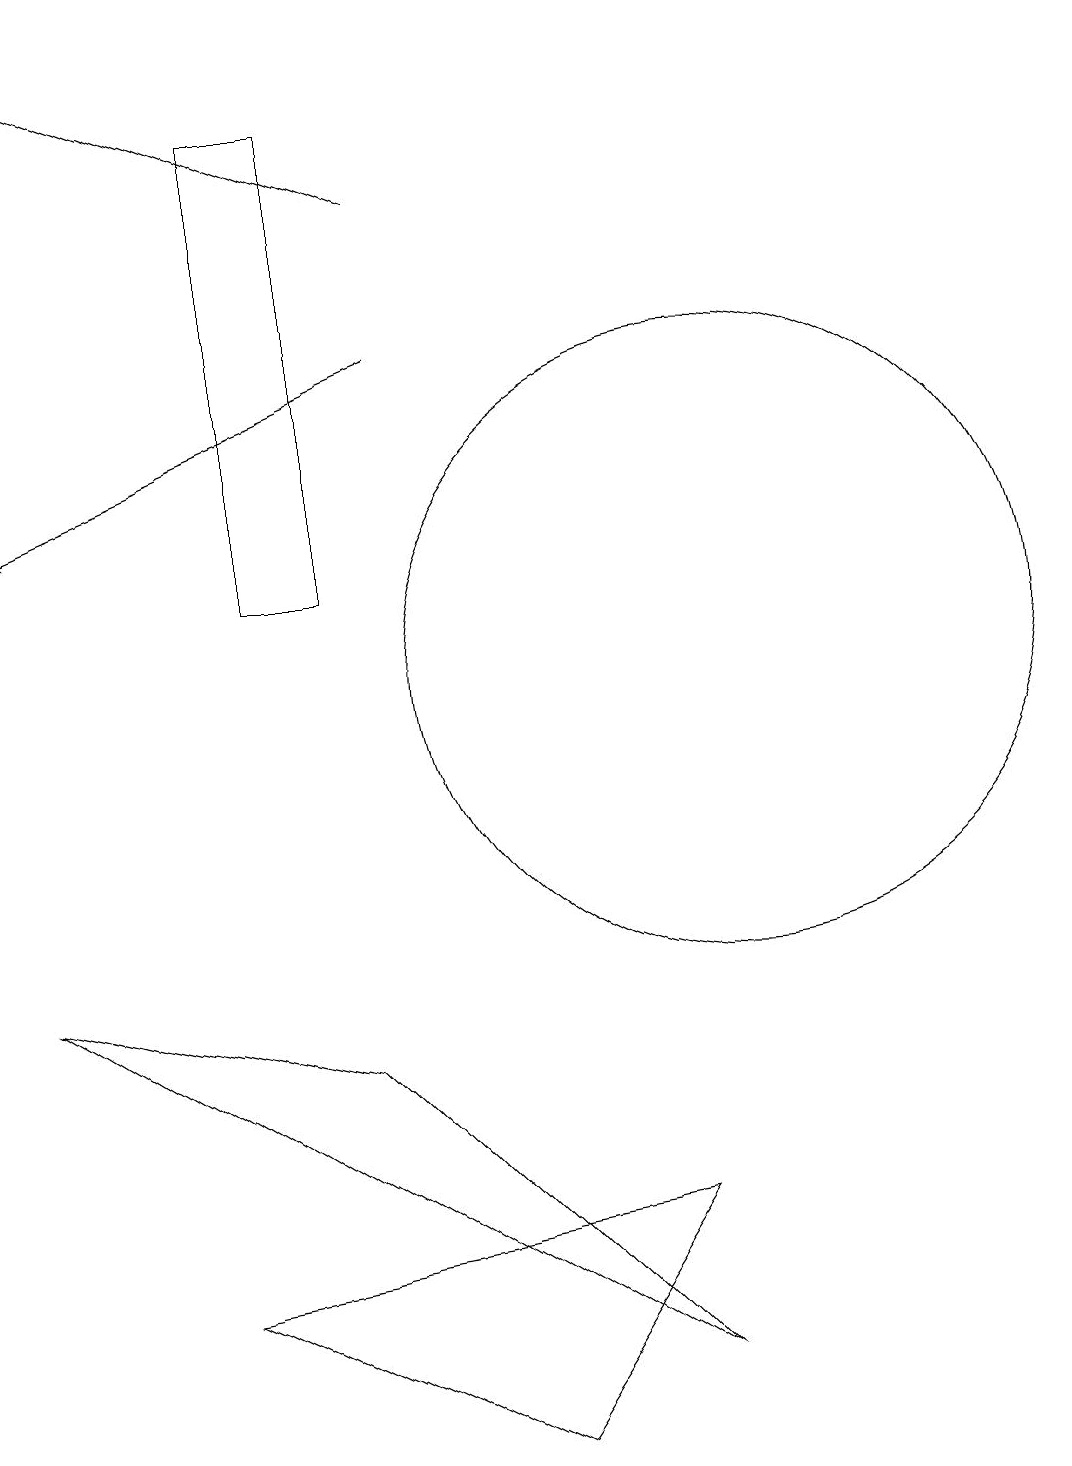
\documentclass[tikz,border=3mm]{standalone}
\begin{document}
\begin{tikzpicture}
\draw (4,12) rectangle (5,18);
\draw[->] (6,15) -- (1,13);
\draw (9,4) -- (7,1) -- (3,3) -- cycle;
\draw (10,11) circle (4);
\draw[->] (6,17) -- (1,19);
\draw (11,10) circle (0);
\draw (1,7) -- (9,2) -- (5,6) -- cycle;
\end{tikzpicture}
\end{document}